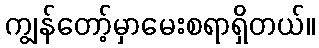
ကျွန်တော့်မှာမေးစရာရှိတယ်။